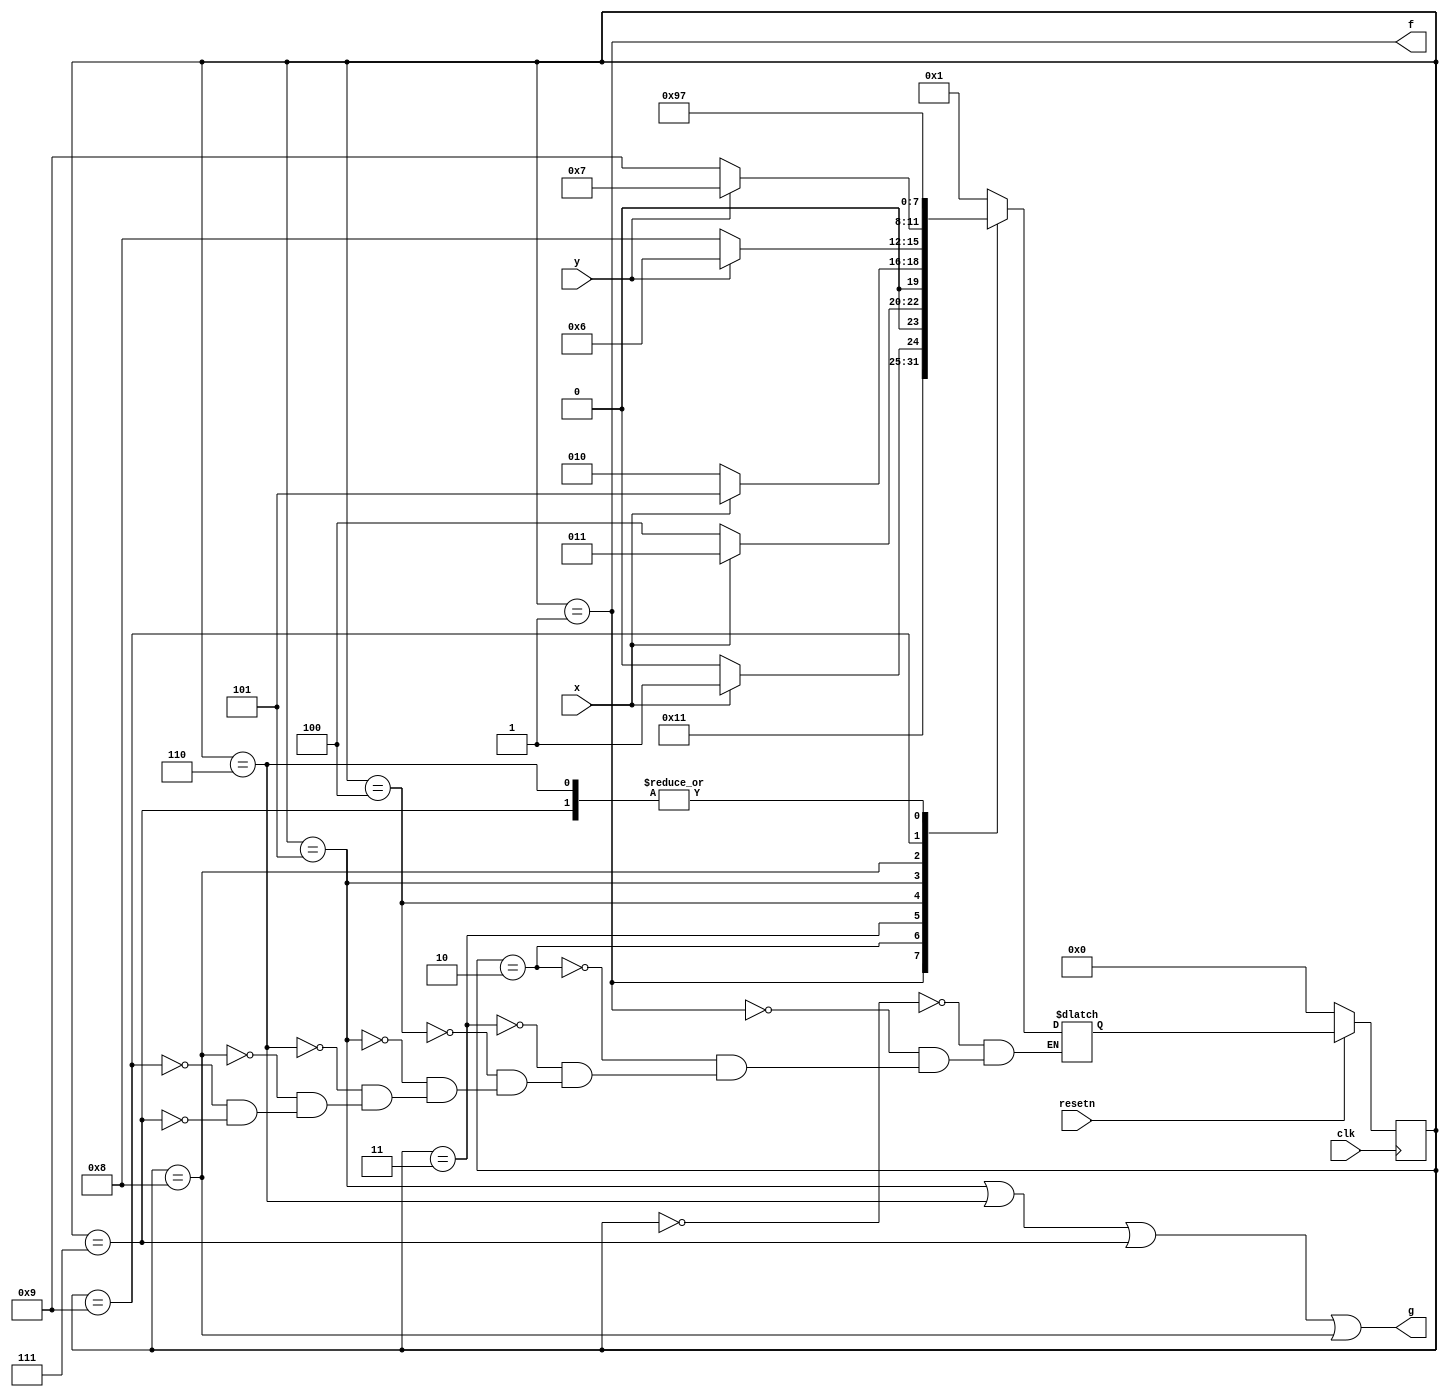
module top_module (
    input clk,
    input resetn,    // active-low synchronous reset
    input x,
    input y,
    output f,
    output g
); 

    //-------------Internal Constants-----------------
    parameter A=0, B=1, C=2, D=3, E=4, F=5, G=6, H=7, I=8, J=9;  // States 

    //-------------Internal Variables-----------------
    reg [3:0] state, next_state;    // 10 states.

    // State transition logic - Combinational Logic
    always @(*) begin
        case(state)
            A : next_state = B;
            B : next_state = C;
            C : next_state = x ? D : C;
            D : next_state = x ? D : E;
            E : next_state = x ? F : C;
            F : next_state = y ? G : I;
            G : next_state = H;
            I : next_state = y ? H : J;
            J : next_state = J;
            H : next_state = H;
            //default : next_state = 4'bxxxx;
        endcase
    end

    // Current state logic - Sequential Logic
    always @(posedge clk) begin
    // active-low synchronous reset
        if(!resetn)
            state <= A;
        else
            state <= next_state;
    end

    // Output logic - Combinational output logic
    assign f = (state == B);
    assign g = (state == F) || (state == G) || (state == H) || (state == I);
    
endmodule